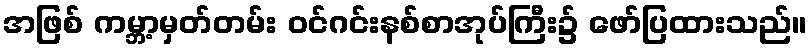
အဖြစ် ကမ္ဘာ့မှတ်တမ်း ဝင်ဂင်းနစ်စာအုပ်ကြီး၌ ဖော်ပြထားသည်။